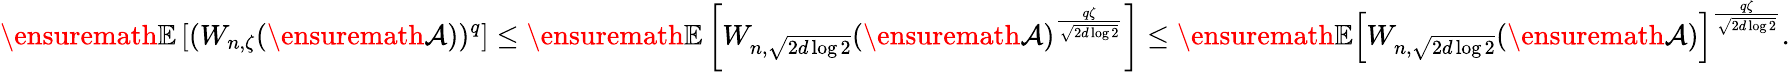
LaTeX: {\ensuremath{\mathbb E}}\left[(W_{n,\zeta}({\ensuremath{\mathcal A}}))^{q}\right]\le{\ensuremath{\mathbb E}}\left[W_{n,\sqrt{2d\log 2}}({\ensuremath{\mathcal A}})^{\frac{q\zeta}{\sqrt{2d\log 2}}}\right]\le{\ensuremath{\mathbb E}}\left[W_{n,\sqrt{2d\log 2}}({\ensuremath{\mathcal A}})\right]^{\frac{q\zeta}{\sqrt{2d\log 2}}}.